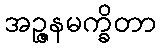
အဉ္ဇနမက္ခိတာ